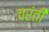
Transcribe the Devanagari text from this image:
चरंती